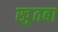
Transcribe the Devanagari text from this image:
खु़तबा